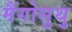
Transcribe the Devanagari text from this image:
मैंगोसुथु